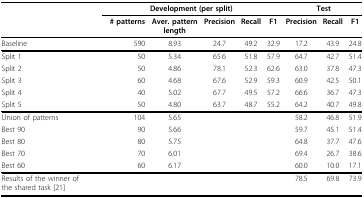
<table><thead><tr><td></td><td colspan="5"><b>Development (per split)</b></td><td colspan="3"><b>Test</b></td></tr><tr><td></td><td><b># patterns</b></td><td><b>Aver. pattern length</b></td><td><b>Precision</b></td><td><b>Recall</b></td><td><b>F1</b></td><td><b>Precision</b></td><td><b>Recall</b></td><td><b>F1</b></td></tr></thead><tbody><tr><td>Baseline</td><td>590</td><td>8.93</td><td>24.7</td><td>49.2</td><td>32.9</td><td>17.2</td><td>43.9</td><td>24.8</td></tr><tr><td>Split 1</td><td>50</td><td>5.34</td><td>65.6</td><td>51.8</td><td>57.9</td><td>64.7</td><td>42.7</td><td>51.4</td></tr><tr><td>Split 2</td><td>50</td><td>4.86</td><td>78.1</td><td>52.3</td><td>62.6</td><td>63.0</td><td>37.8</td><td>47.3</td></tr><tr><td>Split 3</td><td>60</td><td>4.68</td><td>67.6</td><td>52.9</td><td>59.3</td><td>60.9</td><td>42.5</td><td>50.1</td></tr><tr><td>Split 4</td><td>40</td><td>5.02</td><td>67.7</td><td>49.5</td><td>57.2</td><td>66.6</td><td>36.7</td><td>47.3</td></tr><tr><td>Split 5</td><td>50</td><td>4.80</td><td>63.7</td><td>48.7</td><td>55.2</td><td>64.2</td><td>40.7</td><td>49.8</td></tr><tr><td>Union of patterns</td><td>104</td><td>5.65</td><td></td><td></td><td></td><td>58.2</td><td>46.8</td><td>51.9</td></tr><tr><td>Best 90</td><td>90</td><td>5.66</td><td></td><td></td><td></td><td>59.7</td><td>45.1</td><td>51.4</td></tr><tr><td>Best 80</td><td>80</td><td>5.75</td><td></td><td></td><td></td><td>64.8</td><td>37.7</td><td>47.6</td></tr><tr><td>Best 70</td><td>70</td><td>6.01</td><td></td><td></td><td></td><td>69.4</td><td>26.7</td><td>38.6</td></tr><tr><td>Best 60</td><td>60</td><td>6.17</td><td></td><td></td><td></td><td>60.0</td><td>10.0</td><td>17.1</td></tr><tr><td>Results of the winner of the shared task [21]</td><td></td><td></td><td></td><td></td><td></td><td>78.5</td><td>69.8</td><td>73.9</td></tr></tbody></table>